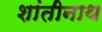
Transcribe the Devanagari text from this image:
शांतीनाथ